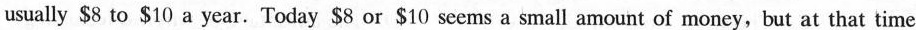
usually $8 to $10 a year. Today $8 or $10 seems a small amount of money,but at that time